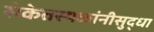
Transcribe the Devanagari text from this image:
संकेतस्थळांनीसुद्धा